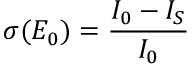
\sigma ( E _ { 0 } ) = \frac { I _ { 0 } - I _ { S } } { I _ { 0 } }